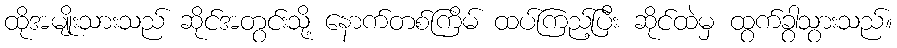
ထိုအမျိုးသားသည် ဆိုင်အတွင်းသို့ နောက်တစ်ကြိမ် ထပ်ကြည့်ပြီး ဆိုင်ထဲမှ ထွက်ခွာသွားသည်။